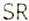
SR